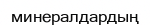
минералдардың